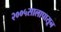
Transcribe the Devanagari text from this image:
२००५सालापासून